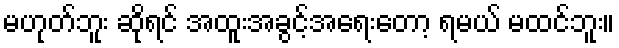
မဟုတ်ဘူး ဆိုရင် အထူးအခွင့်အရေးတော့ ရမယ် မထင်ဘူး။